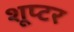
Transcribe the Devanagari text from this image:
शूप्टर